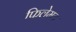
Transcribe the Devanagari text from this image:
फिलेमन